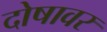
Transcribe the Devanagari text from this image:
दोषावर